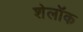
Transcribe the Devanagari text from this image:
शेलॉक